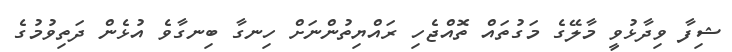
ޝިފާ ވިދާޅުވީ މާލޭގެ މަގުތައް ތޮއްޖެހި ރައްޔިތުންނަށް ހިނގާ ބިނގާވެ އުޅެން ދަތިވުމުގެ